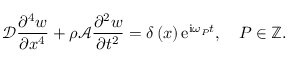
\mathcal { D } \frac { \partial ^ { 4 } w } { \partial x ^ { 4 } } + \rho \mathcal { A } \frac { \partial ^ { 2 } w } { \partial t ^ { 2 } } = \delta \left( x \right) \mathrm { e } ^ { \mathrm { i } \omega _ { P } t } , \quad P \in \mathbb { Z } .